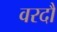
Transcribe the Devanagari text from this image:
वरदौं